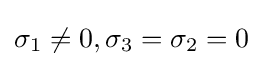
\sigma _{1}\neq 0,\sigma _{3}=\sigma _{2}=0